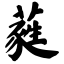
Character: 蕤